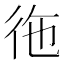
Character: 𮱺